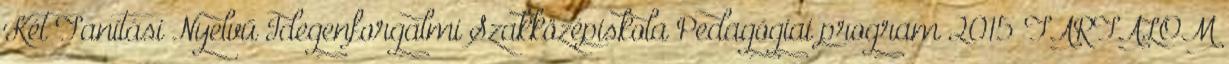
Két Tanítási Nyelvű Idegenforgalmi Szakközépiskola Pedagógiai program 2015 TARTALOM